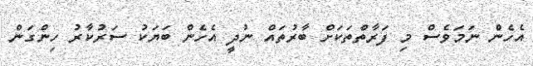
އެހެން ނަމަވެސް މި ފަރާތްތަކަށް ބާރުތައް ނުދީ އެހެން ބަޔަކު ސަރުކާރު ހިންގަން